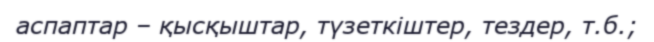
аспаптар – қысқыштар, түзеткіштер, тездер, т.б.;